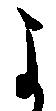
よ